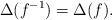
LaTeX: \begin{align*}\Delta(f^{-1})=\Delta(f).\end{align*}